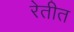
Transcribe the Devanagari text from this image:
रेतीत